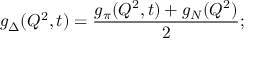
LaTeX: g _ { \Delta } ( Q ^ { 2 } , t ) = \frac { g _ { \pi } ( Q ^ { 2 } , t ) + g _ { N } ( Q ^ { 2 } ) } { 2 } ;